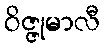
ဝိဇ္ဇုမာလီ